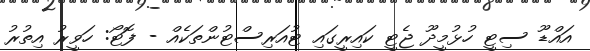
އައްޑޫ ސިޓީ ހުޅުމީދޫ ޖެޓީ ކައިރީގައި ޓުއަރިސްޓުންތަކެއް - ފޮޓޯ: ހަވީރު އިތުރު